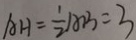
A H = \frac { 1 } { 2 } A B = 3